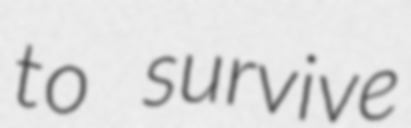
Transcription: to survive